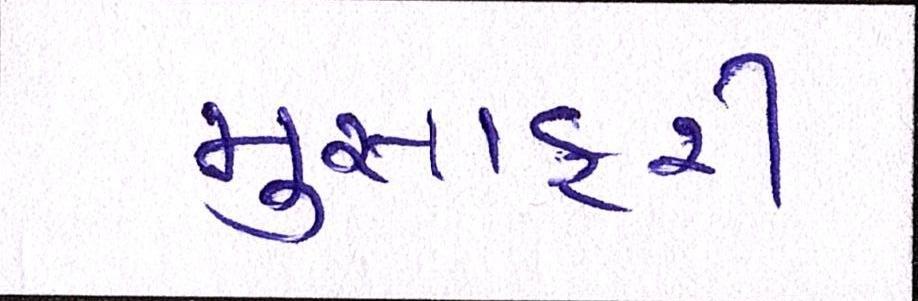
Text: મુસાફરી